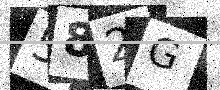
Text: 582G